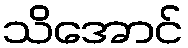
သိအောင်